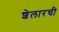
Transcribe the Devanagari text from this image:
शेलारची